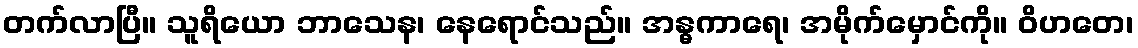
တက်လာပြီ။ သူရိယော ဘာသေန၊ နေရောင်သည်။ အန္ဓကာရေ၊ အမိုက်မှောင်ကို။ ဝိဟတေ၊